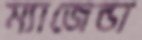
ম্যাজেন্ডা